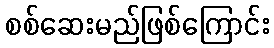
စစ်ဆေးမည်ဖြစ်ကြောင်း